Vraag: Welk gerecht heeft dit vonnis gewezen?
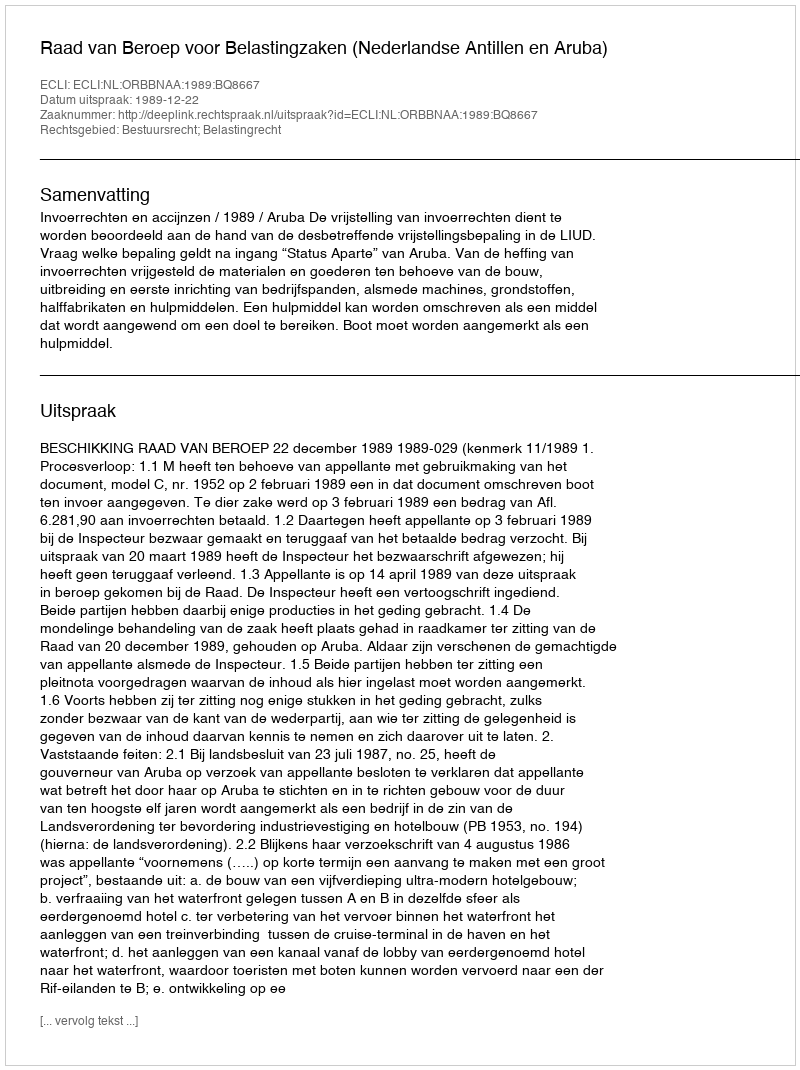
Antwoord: Raad van Beroep voor Belastingzaken (Nederlandse Antillen en Aruba)